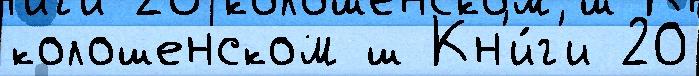
колошенском ш Кн'и́г'и 20